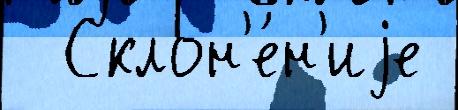
  Склон'е́н'иjе